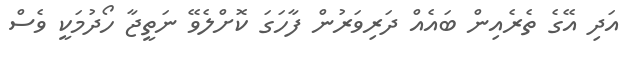
އަދި އޭގެ ތެރެއިން ބައެއް ދަރިވަރުން ފާހަގަ ކޮށްލެވޭ ނަތީޖާ ހޯދުމަކީ ވެސް